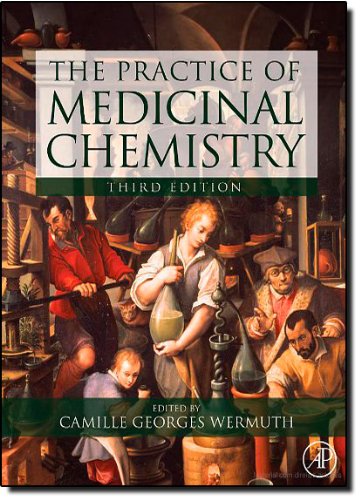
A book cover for The Practice of Medicinal Chemistry, Third Edition; Medical Books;